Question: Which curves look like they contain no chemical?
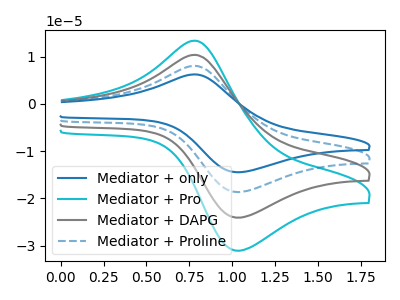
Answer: <think>The blue curve "Mediator + only" has an anodic peak at (0.80V, 31.10uA) and a cathodic peak at (1.05V, -72.35uA). The cyan curve "Mediator + Pro" has an anodic peak at (0.80V, 13.35uA) and a cathodic peak at (1.05V, -31.10uA). The gray curve "Mediator + DAPG" has an anodic peak at (0.80V, 10.35uA) and a cathodic peak at (1.05V, -24.10uA). The blue dashed curve "Mediator + Proline" has an anodic peak at (0.80V, 20.75uA) and a cathodic peak at (1.05V, -48.25uA).</think>
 <answer>There are not any CV's on this graph that are likely to be blanks.</answer>
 <eval>none</eval>